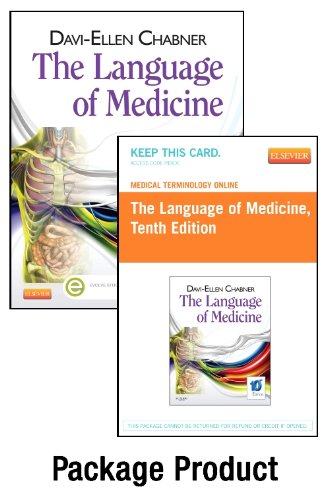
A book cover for Medical Terminology Online for The Language of Medicine (Access Code and Textbook Package), 10e; Davi-Ellen Chabner BA  MAT; Medical Books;